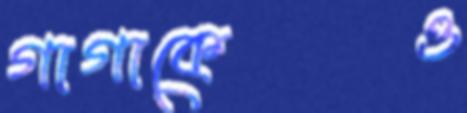
গাগাকেও